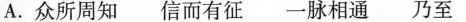
A. 众所周知 信而有征 一脉相通 乃至